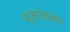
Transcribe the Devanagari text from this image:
सुजाताच्या